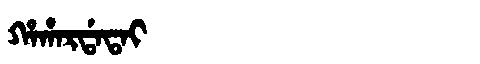
Manchu: ᡥᠠᡥᠠᡵᡩᠠᡨᠠᡳ
Romanization: HAHARDATAI